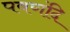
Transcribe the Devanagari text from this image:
पवणंदि